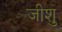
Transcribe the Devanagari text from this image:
जीशु